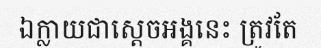
ឯក្លាយជាស្តេចអង្គនេះ ត្រូវតែ